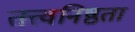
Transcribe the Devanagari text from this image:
तत्त्वनिष्ठता